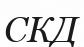
СКД